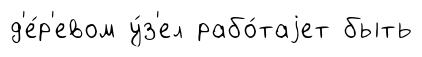
д'е́р'евом у́з'ел рабо́таjет быть